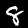
Digit: 8